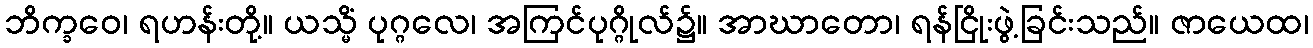
ဘိက္ခဝေ၊ ရဟန်းတို့။ ယသ္မိံ ပုဂ္ဂလေ၊ အကြင်ပုဂ္ဂိုလ်၌။ အာဃာတော၊ ရန်ငြိုးဖွဲ့ခြင်းသည်။ ဇာယေထ၊